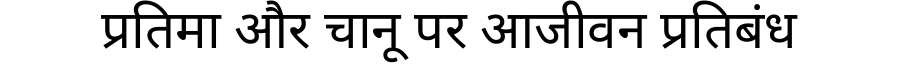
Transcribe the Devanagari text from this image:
प्रतिमा और चानू पर आजीवन प्रतिबंध